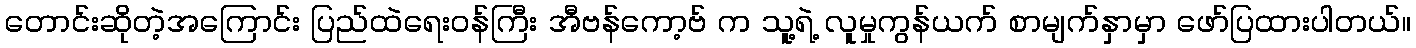
တောင်းဆိုတဲ့အကြောင်း ပြည်ထဲရေးဝန်ကြီး အီဗန်ကော့ဗ် က သူ့ရဲ့ လူမှုကွန်ယက် စာမျက်နှာမှာ ဖော်ပြထားပါတယ်။